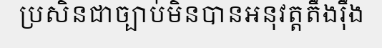
ប្រសិនជាច្បាប់មិនបានអនុវត្តតឹងរ៉ឹង